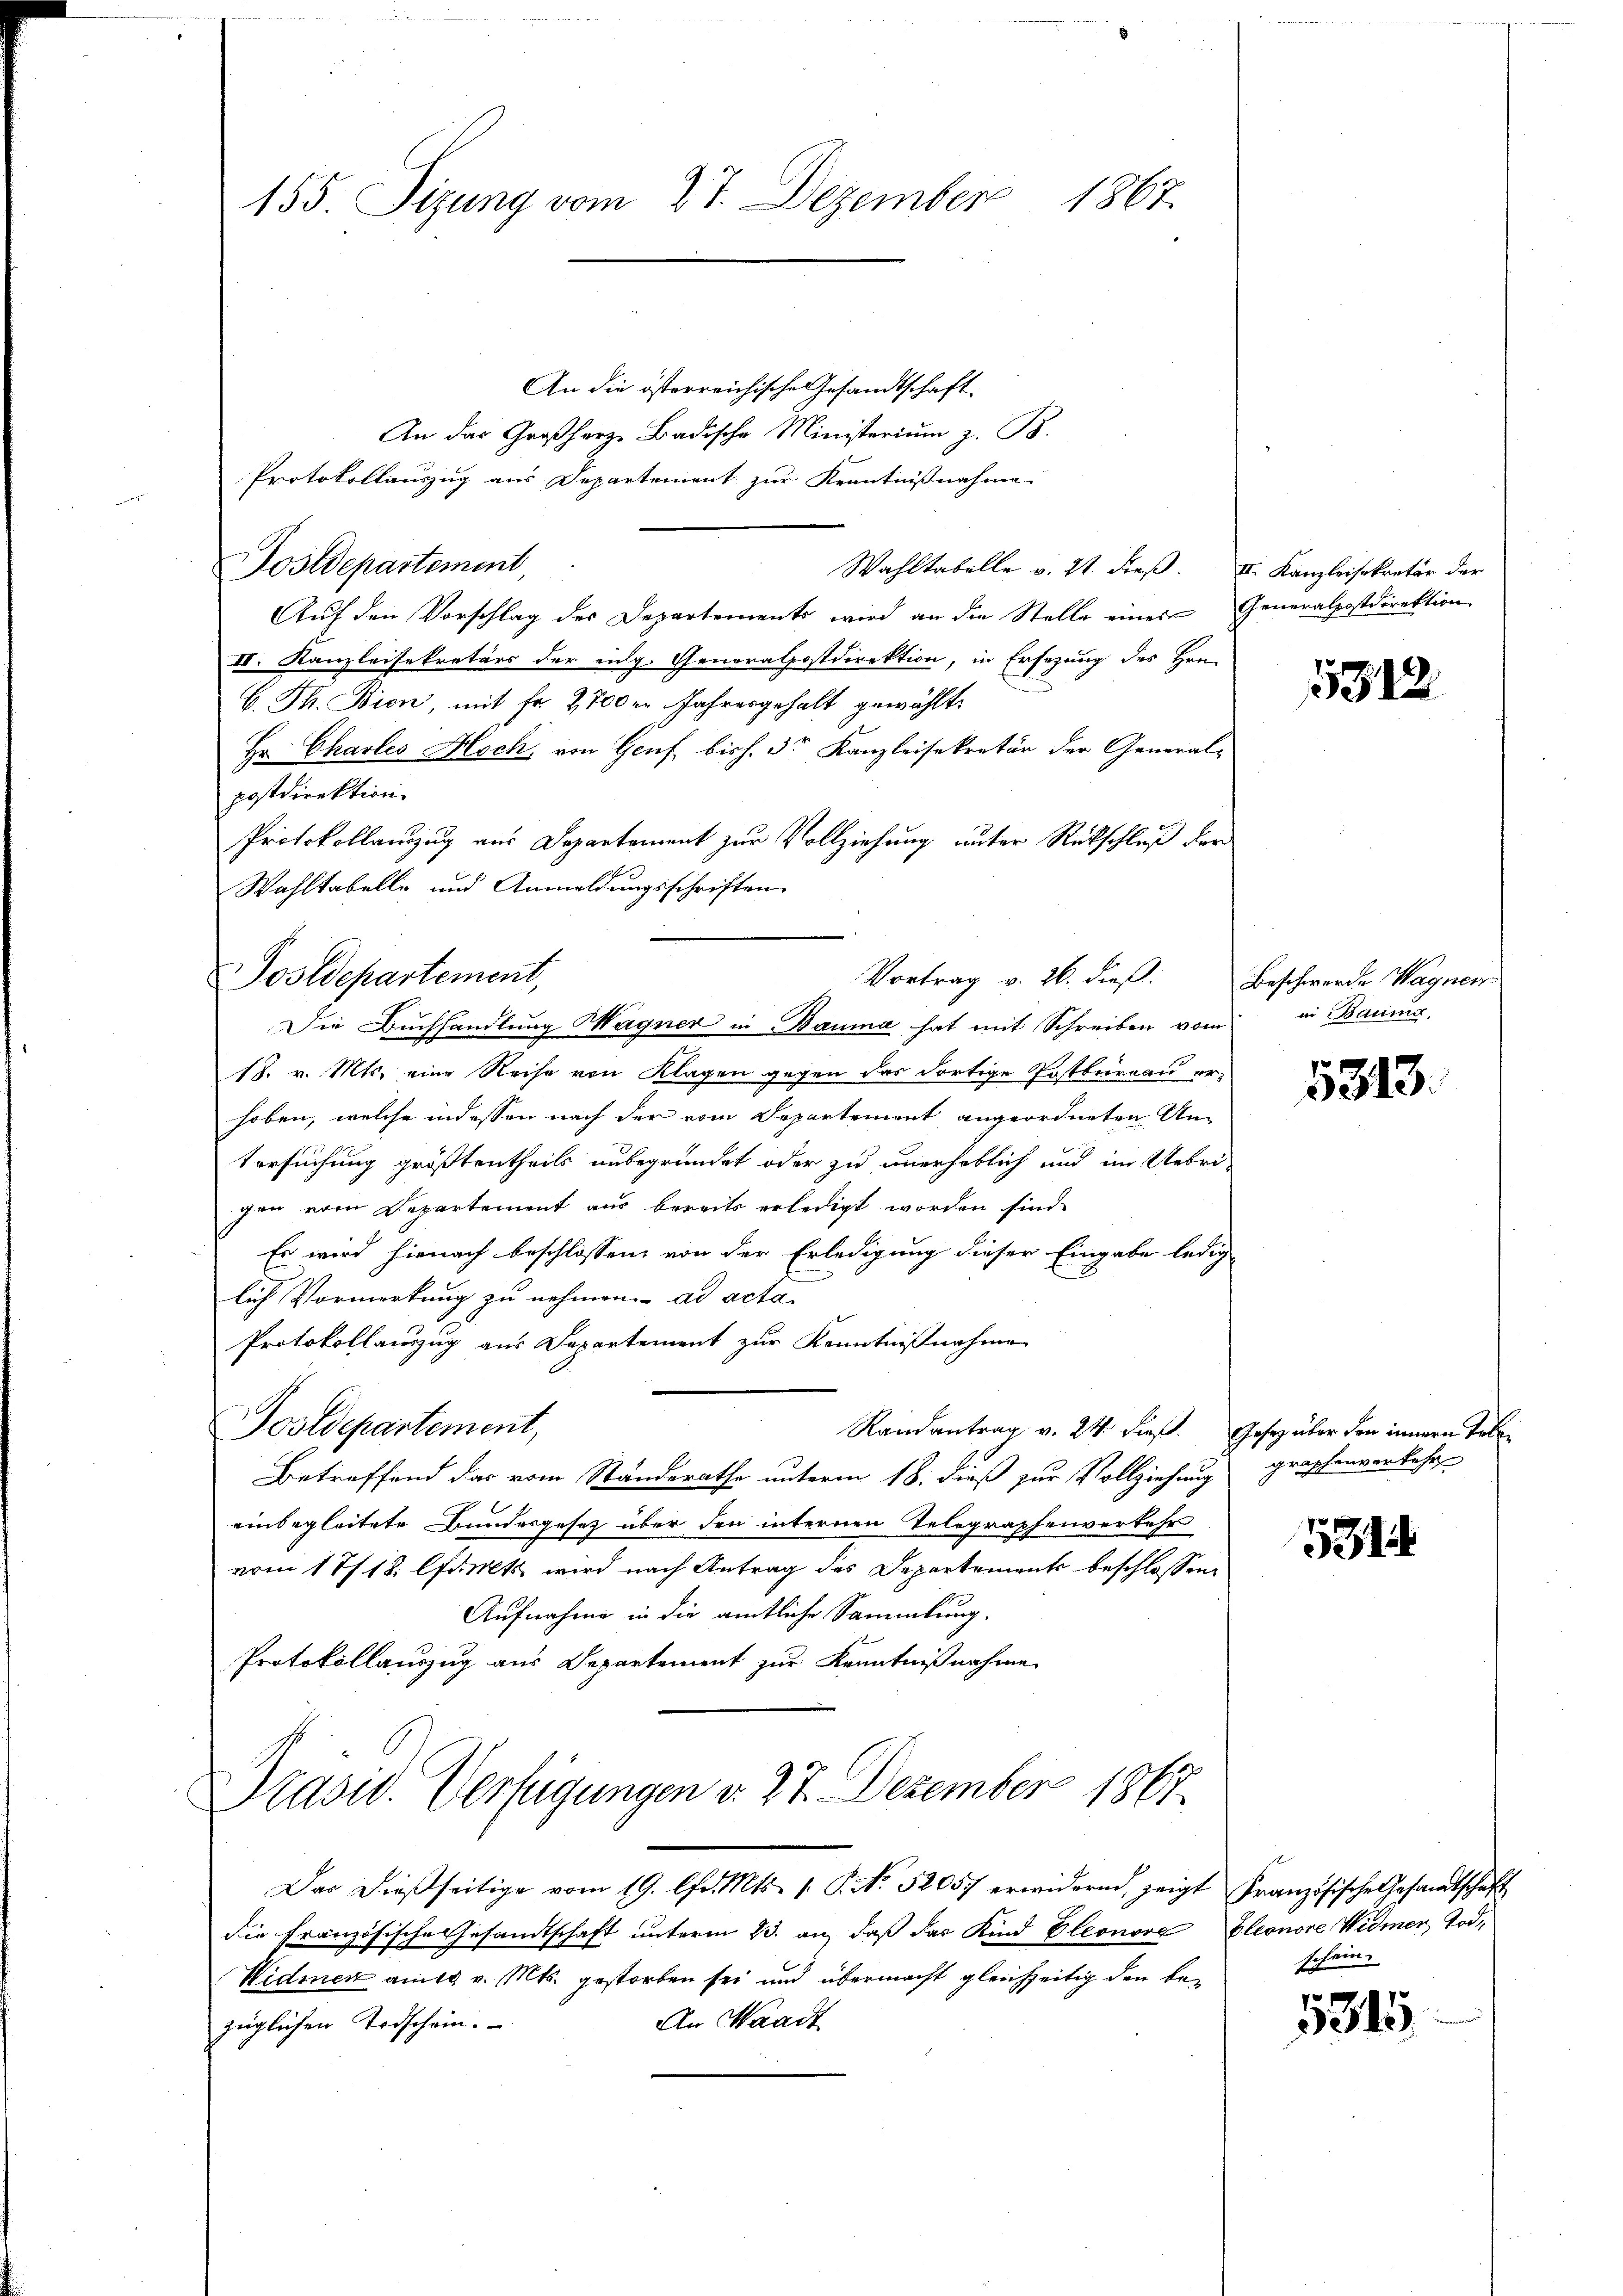
1867.
155. Sizung vom 27. Dezember

An die österreichische Gesandtschaft
An das Großherze Badische Ministerium z. B.
Protokollauszug aus Departement zur Kenntnißnahme
Postdepartement,
Wahltabelle v. 21. dieß. II. Kanzleisekretär der
Aŭf den Vorschlag des Departements wird an die Stelle eines Generalpostdirektion
II. Kanzleisekretärs der eidg. Generalpostdirektion, in Ersezung des Hrn.
C. Th. Bion, mit Fr. 2,700er Jahresgehalt gewählt:
Hr Charles Hoch, von Genf bish. 3r Kanzleisekretär der General-
postdirektion.
Protokollauszug aus Departement zur Vollziehung unter Rückschluß der
Wahltabelle und Anmeldungsschriften
Vortrag v. 26. dieß. Beschwerde Wagner
Die Buchhandlung Wagner in Bauma hat mit Schreiben vom in Bauma,
18. v. Mts. eine Reise von Klagen gegen das dortige Postbureau erhoben, welche indessen nach der vom Departement angeordneten Un-
tersuchung größtentheils unbegründet oder zu unerhöblich und im Uebrigen vom Departement aus bereits erledigt worden sind.
Es wird hienach beschlossen von der Erledigung dieser Eingabe ledig
lich Vormerkung zu nehmen. ad acta
Protokollauszug aus Departement zur Kenntnißnahme
Postdepartement,
Randantrag v. 24. dieß. Gesetz über den innern Tobe¬
Betreffend das vom Standerathe unterm 18. dieß zur Vollziehung grossenverkehr
einbegleitete Bundergesetz über den internen Telegraphenverkehr
vom 17/18. Amts wird nach Antrag des Departements beschlossen,
Aufnahme in die amtliche Sammlung.
Protokollauszug aus Departement zur Kenntnißnahme
Präsid. Verfügungen v. 27. Dezember 1867

Postdepartement,

Das dießseitige vom 19. Chr. Mts. 1. P. Nr. 52057 erwidernd, zeigt Französische Gesandtschaft
die Französische Gesandtschaft unterm 23. an, daß das Kind Eleonore Pleonore Widmer, Tod¬
Widmen am 18. v. Mts. gestorben sei und übermacht gleichzeitig den be¬
An Waadt
züglichen Todschein.

5312

5313.

131

schein.

331